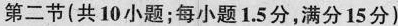
第二节(共 10小题;每小题1.5分,满分15分)